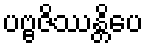
ပဗ္ဗဇိဿန္တိပေ